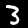
Label: 3